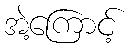
အဲ့ကြောင့်